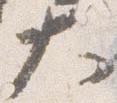
大